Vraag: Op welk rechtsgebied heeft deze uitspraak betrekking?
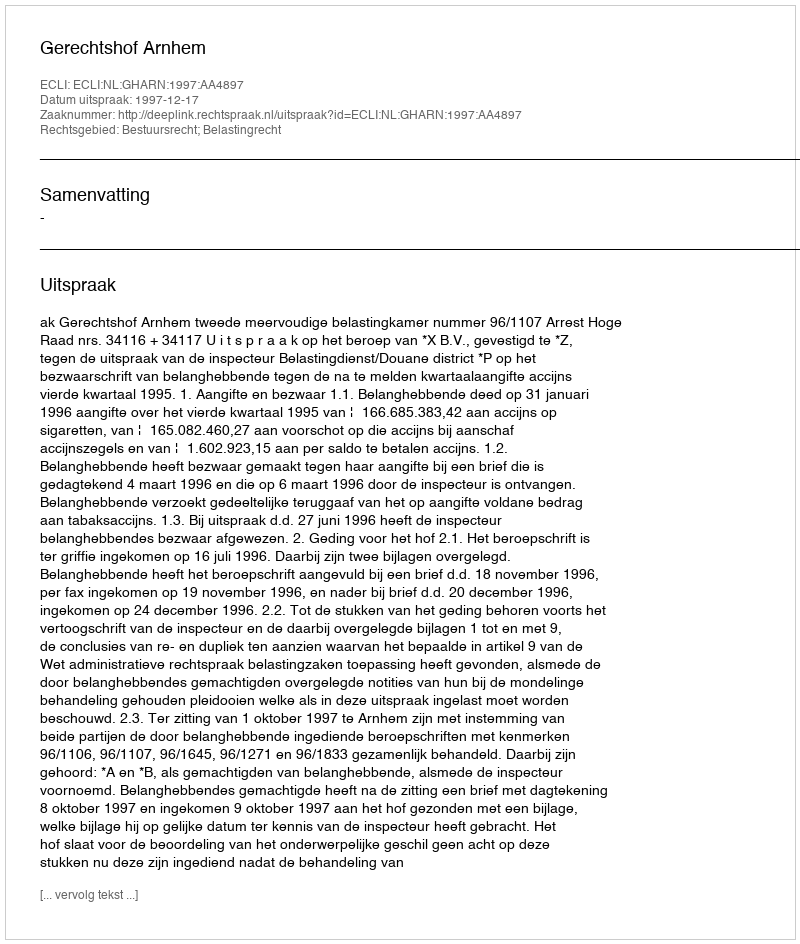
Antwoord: Bestuursrecht; Belastingrecht